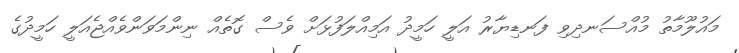
މައުލޫމާތު މުއްސަނދިވި ފަނޑިޔާރު އަލީ ހަމީދު އަމިއްލަފުޅަށް ވެސް ގޮތެއް ނިންމަވަންވެއްޖެއަލީ ހަމީދުގެ